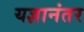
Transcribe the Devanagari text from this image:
यज्ञानंतर